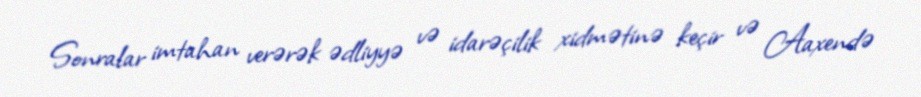
Sonralar imtahan verərək ədliyyə və idarəçilik xidmətinə keçir və Aaxendə